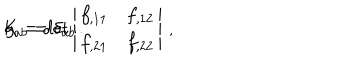
K = \det \left| \begin{array} { c c } { { f _ { , 1 1 } } } & { { f _ { , 1 2 } } } \\ { { f _ { , 2 1 } } } & { { f _ { , 2 2 } } } \\ \end{array} \right| \, , \hspace { 0 . 5 c m } g _ { a b } = \delta _ { a b } \, .